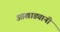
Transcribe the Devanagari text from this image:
आखाड्यानी